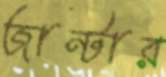
জান্টার